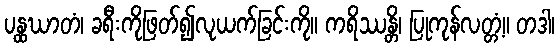
ပန္ထဃာတံ၊ ခရီးကိုဖြတ်၍လုယက်ခြင်းကို။ ကရိဿန္တိ၊ ပြုကုန်လတ္တံ့။ တဒါ၊